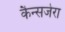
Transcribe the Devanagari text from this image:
कैन्सजेरा